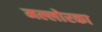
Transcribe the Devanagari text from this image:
मल्लोरका